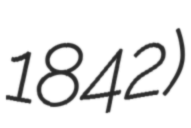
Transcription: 1842)